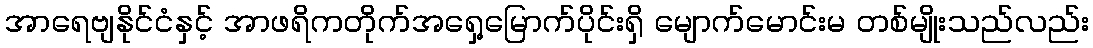
အာရေဗျနိုင်ငံနှင့် အာဖရိကတိုက်အရှေ့မြောက်ပိုင်းရှိ မျောက်မောင်းမ တစ်မျိုးသည်လည်း